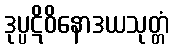
ဒုပ္ပဋိဝိနောဒယသုတ္တံ